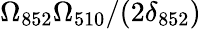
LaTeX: \Omega_{852}\Omega_{510}/(2\delta_{852})